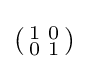
\left({\begin{smallmatrix}1&0\\0&1\end{smallmatrix}}\right)